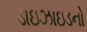
ડાઇઝાઇડનો